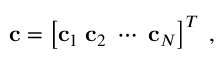
\mathbf { c } = \left[ \mathbf { c } _ { 1 } \; \mathbf { c } _ { 2 } \; \cdots \; \mathbf { c } _ { N } \right] ^ { T } \; ,